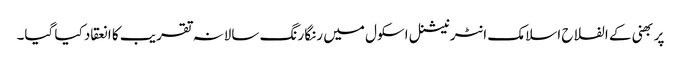
پربھنی کے الفلاح اسلامک انٹرنیشنل اسکول میں رنگا رنگ سالانہ تقریب کا انعقاد کیا گیا۔